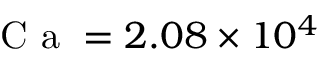
\textrm { C a } = 2 . 0 8 \times 1 0 ^ { 4 }